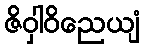
ဇိဝှါဝိညေယျံ